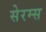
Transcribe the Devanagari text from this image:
सेरम्स